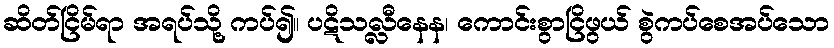
ဆိတ်ငြိမ်ရာ အရပ်သို့ ကပ်၍။ ပဋိသလ္လီနေန၊ ကောင်းစွာငြိဖွယ် စွဲကပ်စေအပ်သော